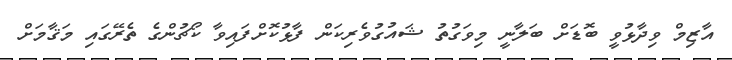
އާޒިމް ވިދާޅުވީ ބޮޑަށް ބަލާނީ މިވަގުތު ޝައުގުވެރިކަން ފާޅުކޮށްފައިވާ ކޯޗުންގެ ތެރޭގައި މަޤާމަށް